Scottish Leaving Certificate Examination, 1958
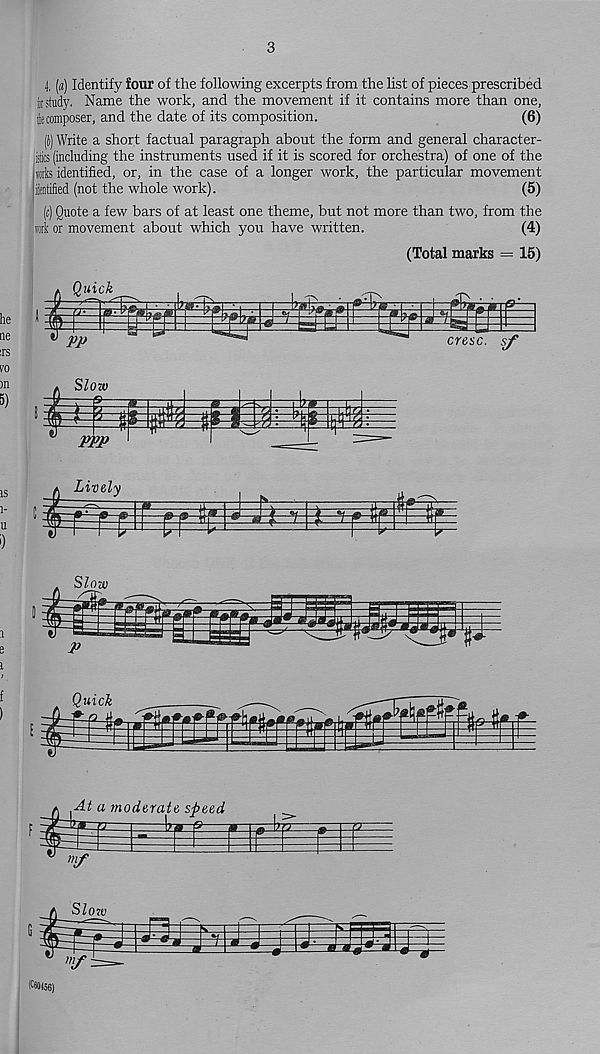
3
4, («) Identify four of the following excerpts from the list of pieces prescribed
i study. Name the work, and the movement if it contains more than one,
fc composer, and the date of its composition.
(6)
(}) Write a short factual paragraph about the form and general character-
jjitics (including the instruments used if it is scored for orchestra) of one of the
iorks identified, or, in the case of a longer work, the particular movement
iientified (not the whole work).
(5)
I (c) Quote a few bars of at least one theme, but not more than two, from the
tork or movement about which you have written.
(4)
(Total marks = 15)
Quick
3553*
PP
cresc. sf